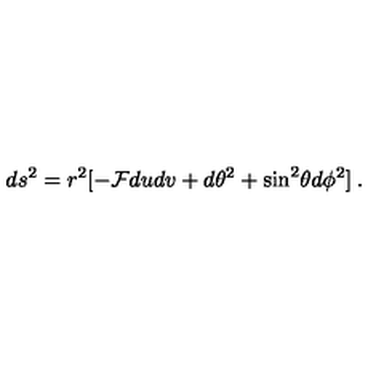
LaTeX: d s ^ { 2 } = r ^ { 2 } [ - { \cal F } d u d v + d \theta ^ { 2 } + \sin ^ { 2 } \! \theta d \phi ^ { 2 } ] \: .